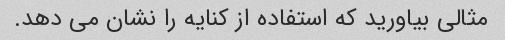
مثالی بیاورید که استفاده از کنایه را نشان می دهد.